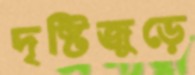
দৃষ্টিজুড়ে